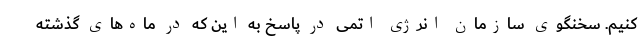
کنیم. سخنگوی سازمان انرژی اتمی در پاسخ به این که در ماه‌های گذشته